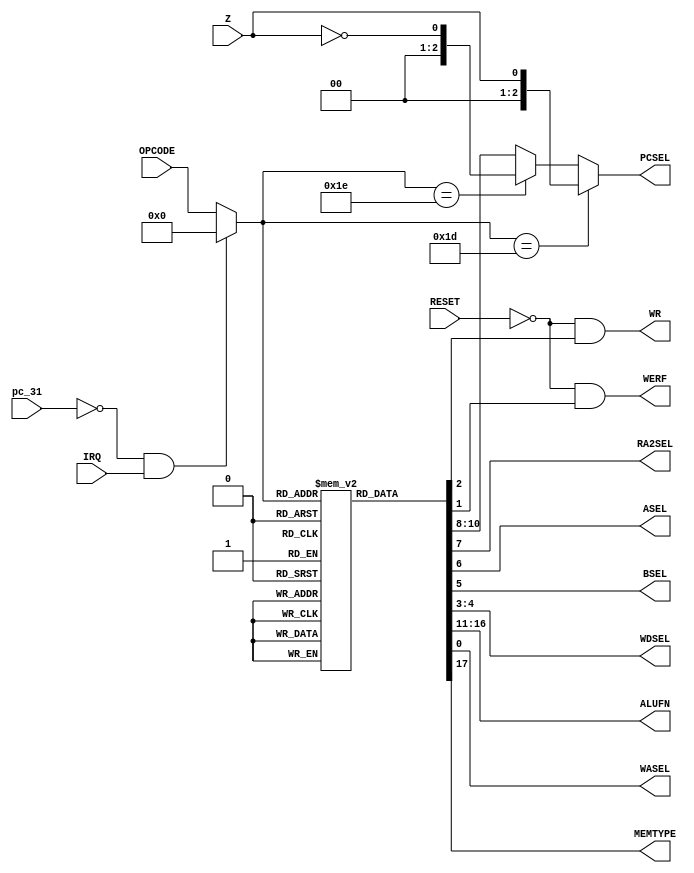
module CtrlLogicModule
  (
   input wire [5:0] OPCODE,
   input wire 	    RESET,
   input wire 	    Z,
   input wire 	    IRQ,
   input wire 	    pc_31,
  
   output reg [2:0] PCSEL,
   output reg 	    RA2SEL,
   output reg 	    ASEL,
   output reg 	    BSEL,
   output reg [1:0] WDSEL,
   output reg [5:0] ALUFN,
   output reg 	    WR,
   output reg 	    WERF,
   output reg 	    WASEL,
   output reg 	    MEMTYPE
   );

   reg [17:0] 	    opcodeROM [63:0];
   wire [5:0] 	    opcode_extended;

   assign opcode_extended = (~pc_31 & IRQ) ? 6'b000000 : OPCODE;
   
   initial begin
       WR = 0;
       WERF = 0;
       
       opcodeROM[6'b000000] = 18'b100000000010101100;   // STV
       opcodeROM[6'b000001] = 18'b000000101100000011;
       opcodeROM[6'b000010] = 18'b000001001100000011;
       opcodeROM[6'b000011] = 18'b000001101100000011;
       opcodeROM[6'b000100] = 18'b000010001100000011;
       opcodeROM[6'b000101] = 18'b000010101100000011;
       opcodeROM[6'b000110] = 18'b000011001100000011;
       opcodeROM[6'b000111] = 18'b000011101100000011;
       opcodeROM[6'b001000] = 18'b000100001100000011;
       opcodeROM[6'b001001] = 18'b000100101100000011;
       opcodeROM[6'b001010] = 18'b000101001100000011;
       opcodeROM[6'b001011] = 18'b000101101100000011;
       opcodeROM[6'b001100] = 18'b000110001100000011;
       opcodeROM[6'b001101] = 18'b000110101100000011;
       opcodeROM[6'b001110] = 18'b000111001100000011;
       opcodeROM[6'b001111] = 18'b000111101100000011;
       opcodeROM[6'b010000] = 18'b001000001100000011;
       opcodeROM[6'b010001] = 18'b001000101100000011;
       opcodeROM[6'b010010] = 18'b001001001100000011;
       opcodeROM[6'b010011] = 18'b001001101100000011;
       opcodeROM[6'b010100] = 18'b001010001100000011;
       opcodeROM[6'b010101] = 18'b001010101100000011;
       opcodeROM[6'b010110] = 18'b001011001100000011;
       opcodeROM[6'b010111] = 18'b001011101100000011;
       opcodeROM[6'b011000] = 18'b000000000000110010;   // LD
       opcodeROM[6'b011001] = 18'b000000000010101100;   // ST
       opcodeROM[6'b011010] = 18'b001101001100000011;   
       opcodeROM[6'b011011] = 18'b001101101000000010;   // JMP
       opcodeROM[6'b011100] = 18'b001110001100000011;
       opcodeROM[6'b011101] = 18'b001110111100000010;   // BEQ
       opcodeROM[6'b011110] = 18'b001111000000000010;   // BNE
       opcodeROM[6'b011111] = 18'b001110000001010010;   // LDR
       opcodeROM[6'b100000] = 18'b000000000000001010;   // ADD
       opcodeROM[6'b100001] = 18'b000000100000001010;   // SUB
       opcodeROM[6'b100010] = 18'b010001000000001010;   // MUL    
       opcodeROM[6'b100011] = 18'b010001100000001010;   // DIV
       opcodeROM[6'b100100] = 18'b011001100000001010;   // CMPEQ
       opcodeROM[6'b100101] = 18'b011010100000001010;   // CMPLT  
       opcodeROM[6'b100110] = 18'b011011100000001010;   // CMPLE
       opcodeROM[6'b100111] = 18'b010011101100000011;   
       opcodeROM[6'b101000] = 18'b001100000000001010;   // AND
       opcodeROM[6'b101001] = 18'b001111000000001010;   // OR
       opcodeROM[6'b101010] = 18'b001011000000001010;   // XOR
       opcodeROM[6'b101011] = 18'b010101101100000011;   
       opcodeROM[6'b101100] = 18'b010000000000001010;   // SHL
       opcodeROM[6'b101101] = 18'b010000100000001010;   // SHR
       opcodeROM[6'b101110] = 18'b010001100000001010;   // SRA
       opcodeROM[6'b101111] = 18'b010111101100000011;
       opcodeROM[6'b110000] = 18'b000000000000101010;   // ADDC
       opcodeROM[6'b110001] = 18'b000000100000101010;   // SUBC
       opcodeROM[6'b110010] = 18'b010001000000101010;   // MULC
       opcodeROM[6'b110011] = 18'b010001100000101010;   // DIVC
       opcodeROM[6'b110100] = 18'b011001100000101010;   // CMPEQC
       opcodeROM[6'b110101] = 18'b011010100000101010;   // CMPLTC
       opcodeROM[6'b110110] = 18'b011011100000101010;   // CMPLEC
       opcodeROM[6'b110111] = 18'b011011101100000011;
       opcodeROM[6'b111000] = 18'b001100000000101010;   // ANDC
       opcodeROM[6'b111001] = 18'b001111000000101010;   // ORC
       opcodeROM[6'b111010] = 18'b001011000000101010;   // XORC
       opcodeROM[6'b111011] = 18'b011101101100000011;   
       opcodeROM[6'b111100] = 18'b010000000000101010;   // SHLC
       opcodeROM[6'b111101] = 18'b010000100000101010;   // SHRC
       opcodeROM[6'b111110] = 18'b010001100000101010;   // SRAC
       opcodeROM[6'b111111] = 18'b011111101100000011;
       
   end

   // ROM description
   // <Mem-type><ALUFN-6><PCSEL-3><RA2SEL><ASEL><BSEL><WDSEL-2><WR><WERF><WASL>
   always @(opcode_extended, RESET, Z) begin
       #5
	 ALUFN = opcodeROM[opcode_extended][16:11];         
       RA2SEL = opcodeROM[opcode_extended][7];             // 
       ASEL = opcodeROM[opcode_extended][6];               
       BSEL = opcodeROM[opcode_extended][5];               // 
       WDSEL = opcodeROM[opcode_extended][4:3];            // 
       WR = (~RESET) & opcodeROM[opcode_extended][2];      // 
       WERF = (~RESET) & opcodeROM[opcode_extended][1];    // 
       WASEL = opcodeROM[opcode_extended][0];              
       MEMTYPE = opcodeROM[opcode_extended][17];

       // PCSEL logic for BEQ and BNE due to their dependence
       // on Z
       if (opcode_extended == 6'b011101) begin   // BEQ
	   PCSEL = {{2'b00}, {Z}};               
   end else if (opcode_extended == 6'b011110) begin // BNE
       PCSEL = {{2'b00}, {~Z}};               
	end else begin
	    PCSEL = opcodeROM[opcode_extended][10:8];
	end

   end // always @ (OPCODE, RESET, Z)
endmodule